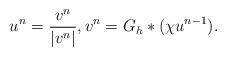
LaTeX: \begin{align*} u^n = \frac{v^n}{|v^n|}, v^n= G_h\ast (\chi u^{n-1}). \end{align*}